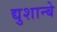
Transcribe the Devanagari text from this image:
द्युशान्बे